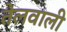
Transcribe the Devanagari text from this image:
तेलवाली